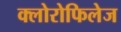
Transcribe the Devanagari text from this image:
क्लोरोफिलेज